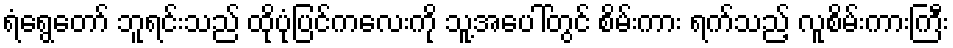
ရံရွေတော် ဘူရင်းသည် ထိုပုံပြင်ကလေးကို သူ့အပေါ်တွင် စိမ်းကား ရက်သည့် လူစိမ်းကားကြီး